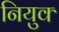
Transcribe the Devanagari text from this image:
नियुक्‍